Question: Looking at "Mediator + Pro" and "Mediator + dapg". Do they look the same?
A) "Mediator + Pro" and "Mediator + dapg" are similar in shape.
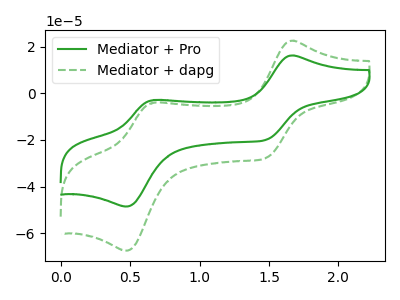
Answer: <think>The green curve "Mediator + Pro" has anodic peaks at (1.65V, 16.25uA) (0.65V, -2.85uA) and cathodic peaks at (1.50V, -19.90uA) (0.45V, -48.55uA). The green dashed curve "Mediator + dapg" has anodic peaks at (1.65V, 22.55uA) (0.65V, -4.00uA) and cathodic peaks at (1.50V, -27.70uA) (0.45V, -67.45uA).
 All the peaks in "Mediator + Pro" have a peak in "Mediator + dapg" at the same potential.</think>
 <answer>A) "Mediator + Pro" and "Mediator + dapg" are similar in shape.</answer>
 <eval>A</eval>